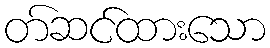
တ်ဆင်ထားသော